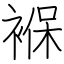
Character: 褓